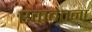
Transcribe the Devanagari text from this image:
एकबेतना